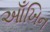
આઁખિન